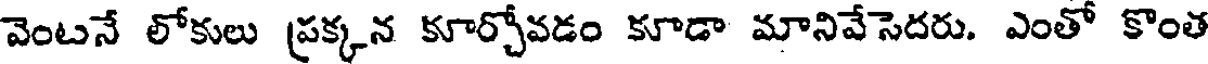
వెంటనే లోకులు ప్రక్కన కూర్చోవడం కూడా మానివేసెదరు. ఎంతో కొంత